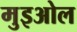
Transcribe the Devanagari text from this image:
मुइओल